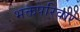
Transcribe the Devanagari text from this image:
भक्तपरिवार